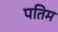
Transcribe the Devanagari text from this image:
पतिम